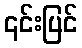
၎င်းပြင်